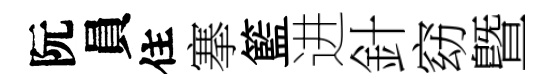
阮員住搴籃进針窈曁